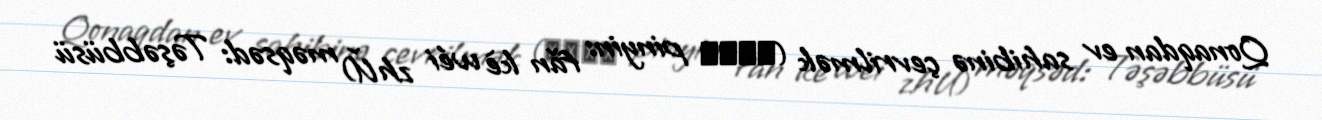
Qonaqdan ev sahibinə çevrilmək (反客為主 pinyin: fǎn kè wéi zhǔ) məqsəd: Təşəbbüsü